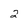
Character: 2